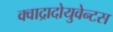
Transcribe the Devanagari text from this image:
क्वाद्रादोयुवेन्टस